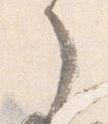
了